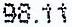
98.11